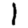
Digit: 1